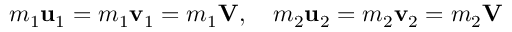
m _ { 1 } \mathbf { u } _ { 1 } = m _ { 1 } \mathbf { v } _ { 1 } = m _ { 1 } \mathbf { V } , \quad m _ { 2 } \mathbf { u } _ { 2 } = m _ { 2 } \mathbf { v } _ { 2 } = m _ { 2 } \mathbf { V }